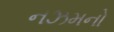
નઝમનો